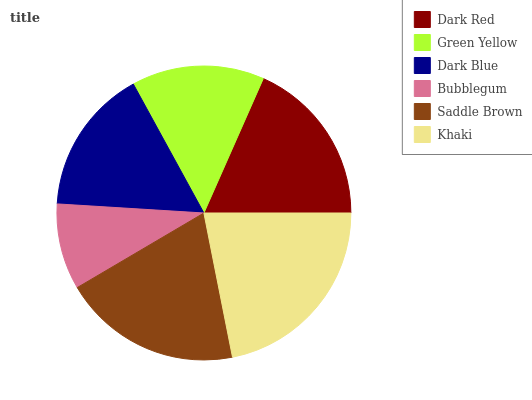
| Dark Red | Green Yellow | Dark Blue | Bubblegum | Saddle Brown | Khaki |
 | --- | --- | --- | --- | --- | --- |
 | 18.3% | 14.6% | 16.1% | 9.46% | 19.6% | 22% |